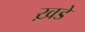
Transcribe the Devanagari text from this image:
ख़डे